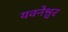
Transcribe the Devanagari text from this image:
यवनेश्वर